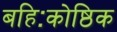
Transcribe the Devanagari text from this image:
बहिःकोष्ठिक